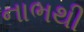
નાભથી